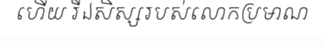
ហើយ រីឯសិស្សរបស់លោកប្រមាណ